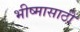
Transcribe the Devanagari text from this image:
भीष्मासाठी